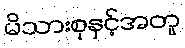
မိသားစုနှင့်အတူ